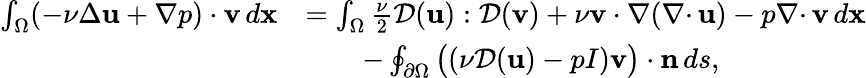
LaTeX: \begin{array}{rl}{\int_{\Omega}(-\nu\Delta{\mathbf u}+\nabla p)\cdot{\mathbf v}\, d{\mathbf x}}&{=\int_{\Omega}\frac{\nu}{2}{\mathcal{D}}({\mathbf u}):{\mathcal{D}}({\mathbf v})+\nu{\mathbf v}\cdot\nabla({{\nabla\cdot}\, }{\mathbf u})-p{{\nabla\cdot}\, }{\mathbf v}\, d{\mathbf x}}\\ &{\qquad-\oint_{{\partial\Omega}}\big((\nu{\mathcal{D}}({\mathbf u})-pI){\mathbf v}\big)\cdot{\mathbf n}\, ds,}\end{array}